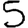
Digit: 5